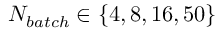
N _ { b a t c h } \in \{ 4 , 8 , 1 6 , 5 0 \}